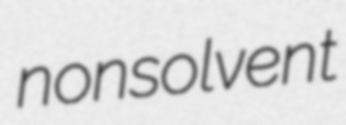
nonsolvent